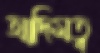
আদিমত্ব